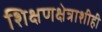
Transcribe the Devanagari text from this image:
शिक्षणक्षेत्राशीही